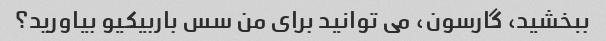
ببخشید، گارسون، می توانید برای من سس باربیکیو بیاورید؟